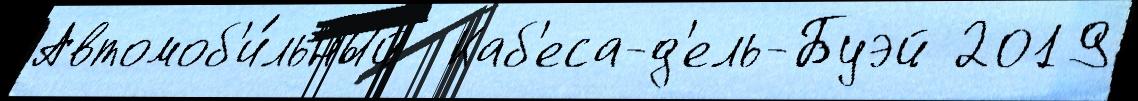
Автомоб'и́льный  Каб'еса-д'ель-Буэй 2019